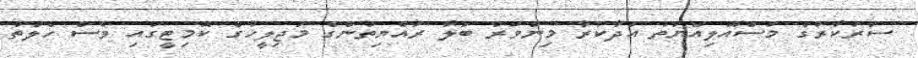
ސަރުކާރުގެ މަސްއޫލިއްޔަތު އަދާކުރާ މިންވަރު ބަލާ ރައްޔިތުންގެ މަޖިލީހުގެ ކޮމިޓީގައި ވެސް ހެލްތު